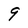
Character: 9